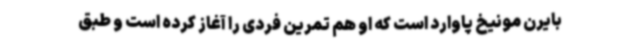
بایرن مونیخ پاوارد است که او هم تمرین فردی را آغاز کرده است و طبق